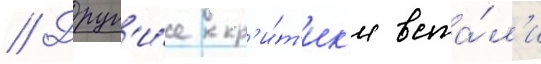
// Друг'и́е кр'и́т'ик'и вста́л'и